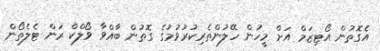
އެގޮތުން އޯޓިޒަމް އަށް މީހުން ހޭލުންތެރިކުރުވުމުގެ ގޮތުން ބާއްވާ ވޯލްކް ރަން ޓެލެތޯން